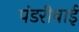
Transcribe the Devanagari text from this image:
पंडरीबाई